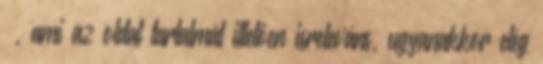
—, ami az oldal tartalmát illetően isreleváns, ugyanakkor elég